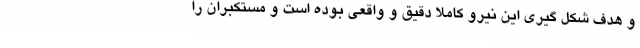
و هدف شکل گیری این نیرو کاملا دقیق و واقعی بوده است و مستکبران را